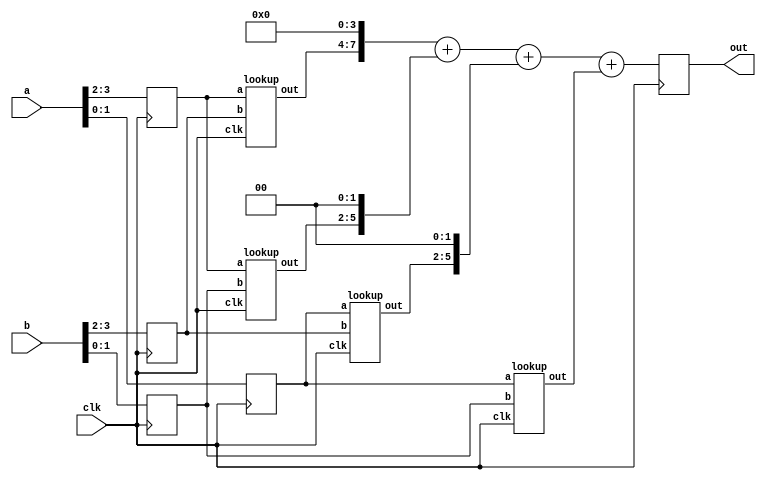
/*
The following drivers conflict:
line 29
line 35
*/
module mult4x4(out,a,b,clk);
output[7:0] out;
input[3:0] a,b;
input clk;
reg[7:0] out;
reg[3:0] out_t [7:0];
reg[1:0] firsta,firstb;
reg[1:0] seconda,secondb;
wire[3:0] outa,outb,outc,outd;
integer i,j;
always @(posedge clk)
begin
firsta = a[3:2]; seconda = a[1:0];
firstb = b[3:2]; secondb = b[1:0];
end
lookup m1(outa,firsta,firstb,clk),
m2(outb,firsta,secondb,clk),
m3(outc,seconda,firstb,clk),
m4(outd,seconda,secondb,clk); //
always @(posedge clk)
begin
for (i=0; i<4; i=i+1)
for (j=0; j<8; j=j+1)
out_t[i][j]<= 0;
end
always @(posedge clk)
begin
for (i=0; i<4; i=i+1)
for (j=0; j<4; j=j+1)
out_t[i][j]<= 1;
end
always @(posedge clk)
begin
out = (outa << 4) + (outb << 2) + (outc << 2) + outd;
end
endmodule
module lookup(out,a,b,clk); //22 
output[3:0] out;
input[1:0] a,b;
input clk;
reg[3:0] out;
reg[3:0] address;
always @(posedge clk)
begin
address = {a,b};
case(address)
4'h0 : out = 4 'b0000;
4'h1 : out = 4'b0000;
4'h2 : out = 4'b0000;
4'h3 : out = 4'b0000;
4'h4 : out = 4'b0000;
4'h5 : out = 4'b0001;
4'h6 : out = 4'b0010;
4'h7 : out = 4'b0011;
4'h8 : out = 4'b0000;
4'h9 : out = 4'b0010;
4'ha : out = 4'b0100;
4'hb : out = 4'b0110;
4'hc : out = 4'b0000;
4'hd : out = 4'b0011;
4'he : out = 4'b0110;
4'hf : out = 4'b1001;
default : out='bx;
endcase
end
endmodule